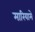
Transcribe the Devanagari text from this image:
मारियामे